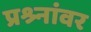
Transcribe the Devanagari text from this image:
प्रश्र्नांवर